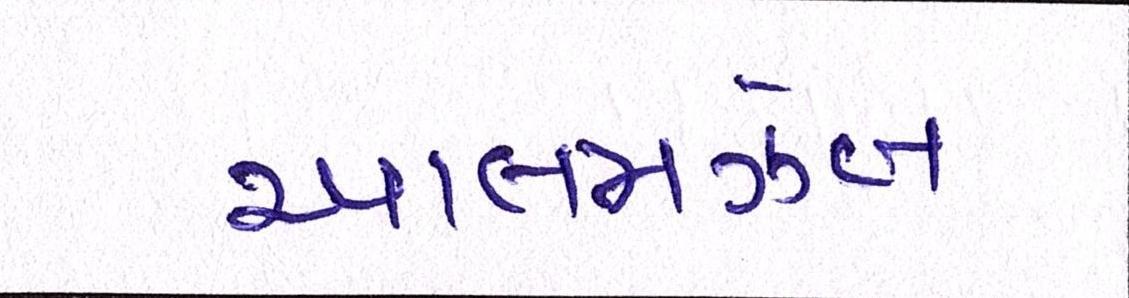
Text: આલમઝેબ